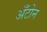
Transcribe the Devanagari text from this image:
अँटोन